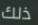
ذلك